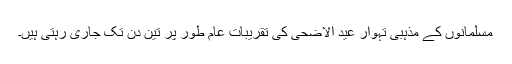
مسلمانوں کے مذہبی تہوار عید الاضحٰی کی تقريبات عام طور پر تین دن تک جاری رہتی ہيں۔